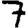
Digit: 7